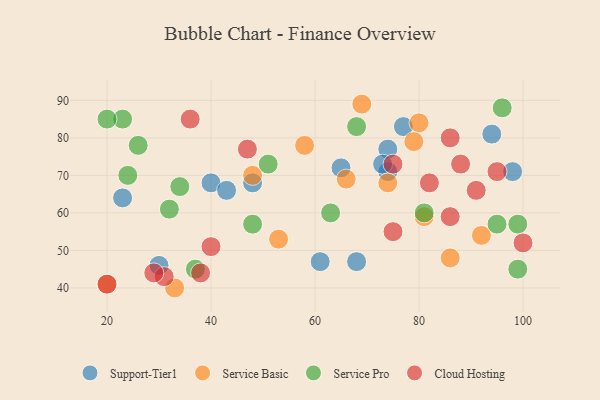
{"axis": {"x": "GDP", "y": "Life Expectancy"}, "legend": ["Cloud Hosting", "Service Basic", "Service Pro", "Support-Tier1"], "data": [{"x": "68", "y": 47, "type": "Support-Tier1"}, {"x": "77", "y": 83, "type": "Support-Tier1"}, {"x": "74", "y": 77, "type": "Support-Tier1"}, {"x": "40", "y": 68, "type": "Support-Tier1"}, {"x": "74", "y": 71, "type": "Support-Tier1"}, {"x": "94", "y": 81, "type": "Support-Tier1"}, {"x": "65", "y": 72, "type": "Support-Tier1"}, {"x": "73", "y": 73, "type": "Support-Tier1"}, {"x": "23", "y": 64, "type": "Support-Tier1"}, {"x": "48", "y": 68, "type": "Support-Tier1"}, {"x": "30", "y": 46, "type": "Support-Tier1"}, {"x": "61", "y": 47, "type": "Support-Tier1"}, {"x": "98", "y": 71, "type": "Support-Tier1"}, {"x": "43", "y": 66, "type": "Support-Tier1"}, {"x": "58", "y": 78, "type": "Service Basic"}, {"x": "69", "y": 89, "type": "Service Basic"}, {"x": "66", "y": 69, "type": "Service Basic"}, {"x": "33", "y": 40, "type": "Service Basic"}, {"x": "74", "y": 68, "type": "Service Basic"}, {"x": "86", "y": 48, "type": "Service Basic"}, {"x": "81", "y": 59, "type": "Service Basic"}, {"x": "20", "y": 41, "type": "Service Basic"}, {"x": "53", "y": 53, "type": "Service Basic"}, {"x": "92", "y": 54, "type": "Service Basic"}, {"x": "48", "y": 70, "type": "Service Basic"}, {"x": "80", "y": 84, "type": "Service Basic"}, {"x": "79", "y": 79, "type": "Service Basic"}, {"x": "63", "y": 60, "type": "Service Pro"}, {"x": "99", "y": 57, "type": "Service Pro"}, {"x": "48", "y": 57, "type": "Service Pro"}, {"x": "26", "y": 78, "type": "Service Pro"}, {"x": "24", "y": 70, "type": "Service Pro"}, {"x": "51", "y": 73, "type": "Service Pro"}, {"x": "37", "y": 45, "type": "Service Pro"}, {"x": "34", "y": 67, "type": "Service Pro"}, {"x": "99", "y": 45, "type": "Service Pro"}, {"x": "23", "y": 85, "type": "Service Pro"}, {"x": "96", "y": 88, "type": "Service Pro"}, {"x": "95", "y": 57, "type": "Service Pro"}, {"x": "20", "y": 85, "type": "Service Pro"}, {"x": "81", "y": 60, "type": "Service Pro"}, {"x": "32", "y": 61, "type": "Service Pro"}, {"x": "68", "y": 83, "type": "Service Pro"}, {"x": "31", "y": 43, "type": "Cloud Hosting"}, {"x": "40", "y": 51, "type": "Cloud Hosting"}, {"x": "86", "y": 59, "type": "Cloud Hosting"}, {"x": "75", "y": 73, "type": "Cloud Hosting"}, {"x": "88", "y": 73, "type": "Cloud Hosting"}, {"x": "91", "y": 66, "type": "Cloud Hosting"}, {"x": "100", "y": 52, "type": "Cloud Hosting"}, {"x": "82", "y": 68, "type": "Cloud Hosting"}, {"x": "95", "y": 71, "type": "Cloud Hosting"}, {"x": "29", "y": 44, "type": "Cloud Hosting"}, {"x": "38", "y": 44, "type": "Cloud Hosting"}, {"x": "47", "y": 77, "type": "Cloud Hosting"}, {"x": "20", "y": 41, "type": "Cloud Hosting"}, {"x": "75", "y": 55, "type": "Cloud Hosting"}, {"x": "86", "y": 80, "type": "Cloud Hosting"}, {"x": "36", "y": 85, "type": "Cloud Hosting"}]}